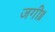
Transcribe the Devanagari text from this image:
जगी॥